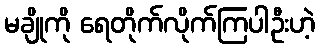
မချိုကို ရေတိုက်လိုက်ကြပါဦးဟဲ့